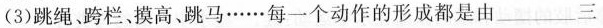
(3)跳绳、跨栏、摸高、跳马……每一个动作的形成都是由___三